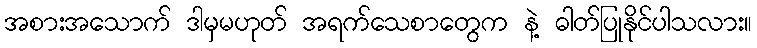
အစားအသောက် ဒါမှမဟုတ် အရက်သေစာတွေက နဲ့ ဓါတ်ပြုနိုင်ပါသလား။